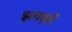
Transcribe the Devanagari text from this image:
झगड़तें